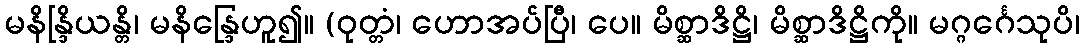
မနိန္ဒြိယန္တိ၊ မနိန္ဒြေဟူ၍။ (ဝုတ္တံ၊ ဟောအပ်ပြီ၊ ပေ။ မိစ္ဆာဒိဋ္ဌိ၊ မိစ္ဆာဒိဋ္ဌိကို။ မဂ္ဂင်္ဂေသုပိ၊